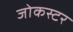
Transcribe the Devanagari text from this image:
जोकस्टर